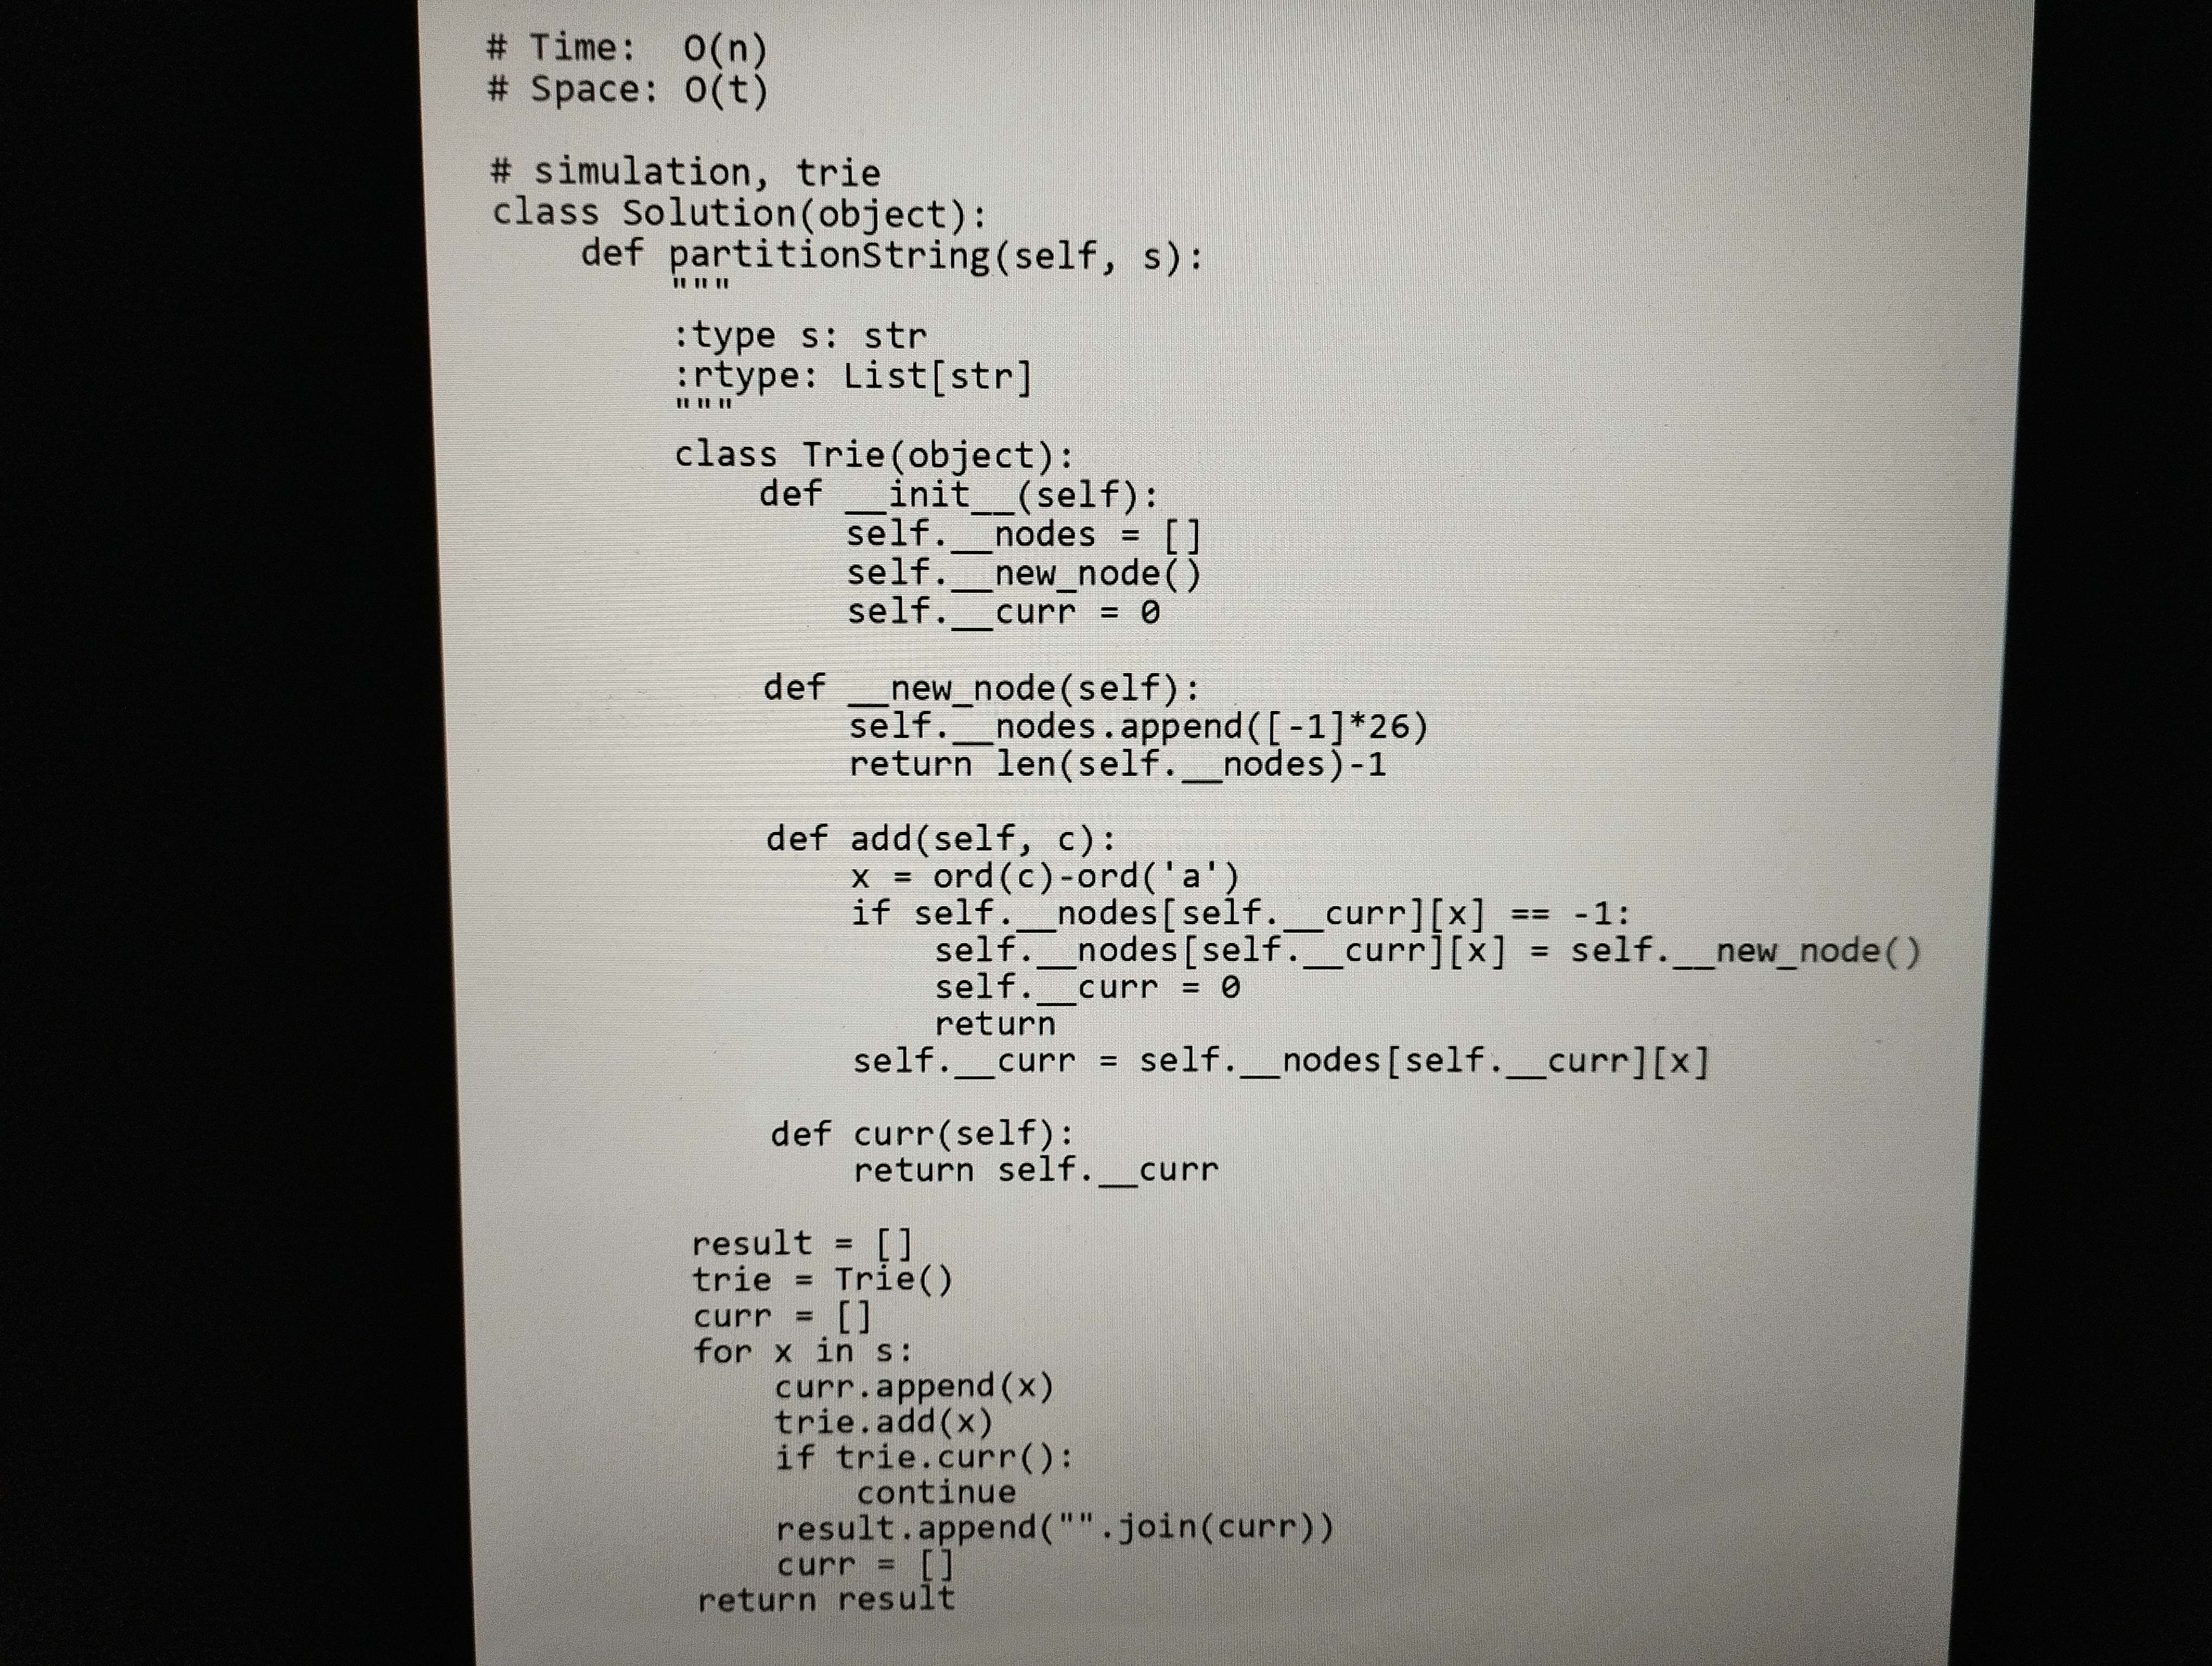
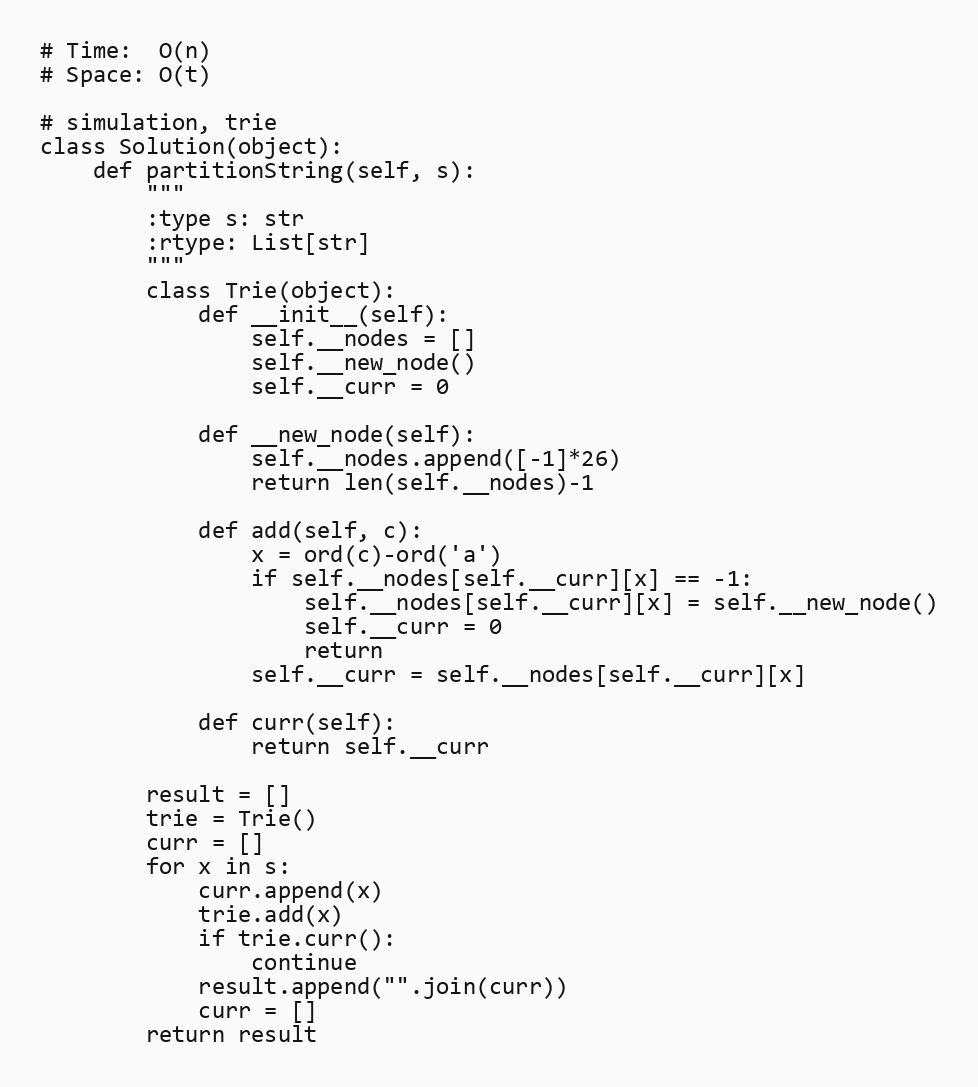
# Time:  O(n)
# Space: O(t)

# simulation, trie
class Solution(object):
    def partitionString(self, s):
        """
        :type s: str
        :rtype: List[str]
        """
        class Trie(object):
            def __init__(self):
                self.__nodes = []
                self.__new_node()
                self.__curr = 0

            def __new_node(self):
                self.__nodes.append([-1]*26)
                return len(self.__nodes)-1

            def add(self, c):
                x = ord(c)-ord('a')
                if self.__nodes[self.__curr][x] == -1:
                    self.__nodes[self.__curr][x] = self.__new_node()
                    self.__curr = 0
                    return
                self.__curr = self.__nodes[self.__curr][x]

            def curr(self):
                return self.__curr

        result = []
        trie = Trie()
        curr = []
        for x in s:
            curr.append(x)
            trie.add(x)
            if trie.curr():
                continue
            result.append("".join(curr))
            curr = []
        return result